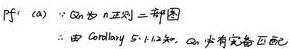
$P^f:(a)$ ：$G$ 为 $n$ 正则二部图

$\therefore$ 由 Corollary 5.1.13 知，$G$ 有完备匹配